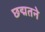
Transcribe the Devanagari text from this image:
छद्मतने